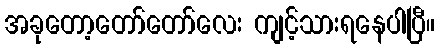
အခုတော့တော်တော်လေး ကျင့်သားရနေပါပြီ။